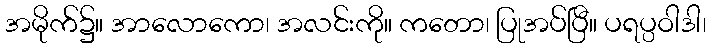
အမိုက်၌။ အာလောကော၊ အလင်းကို။ ကတော၊ ပြုအပ်ပြီ။ ပရပ္ပဝါဒါ၊